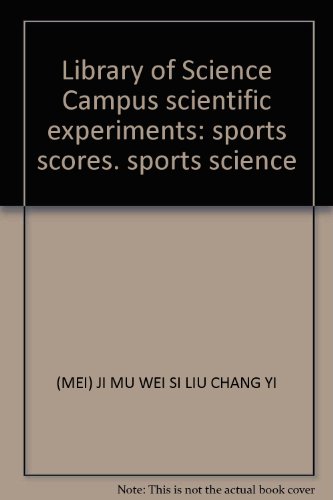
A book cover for Library of Science Campus scientific experiments: sports scores. sports science; (MEI) JI MU WEI SI LIU CHANG YI; Sports & Outdoors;